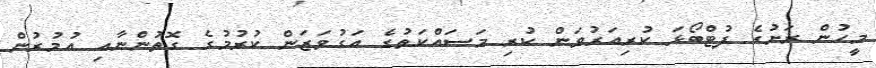
މީހުން ރަށުގެ ފުޓްބޯޅަ ކުރިއަރުވަން ކުރި މަސައްކަތުގެ އަގުވަޒަން ކުރުމުގެ ގޮތުންނާއި އުމުރުން